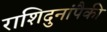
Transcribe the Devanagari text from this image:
राशिदुनांपैकी